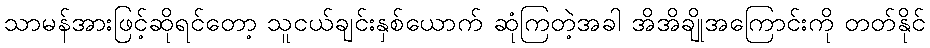
သာမန်အားဖြင့်ဆိုရင်တော့ သူငယ်ချင်းနှစ်ယောက် ဆုံကြတဲ့အခါ အိအိချိုအကြောင်းကို တတ်နိုင်